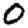
Digit: 0